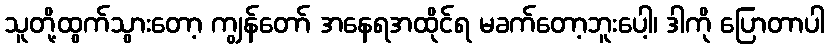
သူတို့ထွက်သွားတော့ ကျွန်တော် အနေရအထိုင်ရ မခက်တော့ဘူးပေါ့၊ ဒါကို ပြောတာပါ